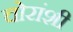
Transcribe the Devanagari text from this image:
चोरांशी